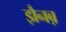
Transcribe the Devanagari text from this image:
झैनब़